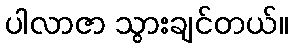
ပါလာဇာ သွားချင်တယ်။